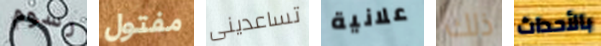
رسوم مفتول تساعدينى علانية ذلك بالأحداث